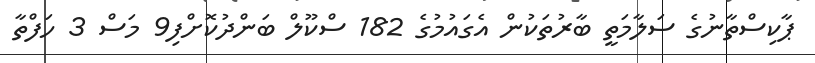
ޕާކިސްތާނުގެ ސަލާމަތީ ބާރުތަކުން އެގައުމުގެ 182 ސްކޫލް ބަންދުކޮށްފި9 މަސް 3 ހަފްތާ